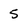
Character: 5